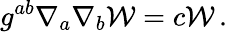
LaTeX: g^{ab}\nabla_{a}\nabla_{b}{\cal W}=c{\cal W}\, .